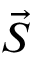
\vec { S }